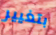
بتغيير